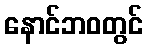
နောင်ဘဝတွင်